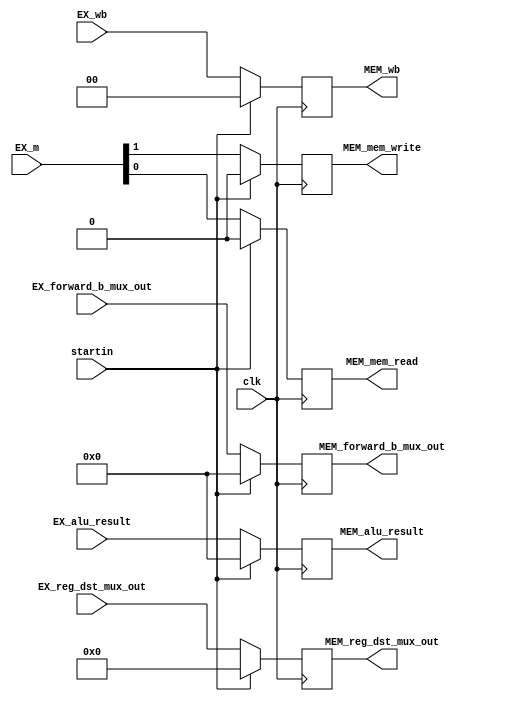
module EX_MEM_reg (
    input clk,
    input startin,
    input [1:0] EX_wb,
    input [2:0] EX_m,
    input [31:0] EX_alu_result,
    input [31:0] EX_forward_b_mux_out,
    input [4:0] EX_reg_dst_mux_out,
    output reg [1:0] MEM_wb,
    output reg MEM_mem_read,
    output reg MEM_mem_write,
    output reg [31:0] MEM_alu_result,
    output reg [31:0] MEM_forward_b_mux_out,
    output reg [4:0] MEM_reg_dst_mux_out
);

  always @(posedge clk) begin
    if (startin) begin
      MEM_wb <= 2'b0;
      MEM_mem_read <= 1'b0;
      MEM_mem_write <= 1'b0;
      MEM_alu_result <= 32'b0;
      MEM_forward_b_mux_out <= 32'b0;
      MEM_reg_dst_mux_out <= 5'b0;
    end else begin
      MEM_wb <= EX_wb;
      MEM_mem_read <= EX_m[0];
      MEM_mem_write <= EX_m[1];
      MEM_alu_result <= EX_alu_result;
      MEM_forward_b_mux_out <= EX_forward_b_mux_out;
      MEM_reg_dst_mux_out <= EX_reg_dst_mux_out;
    end
  end
endmodule